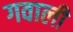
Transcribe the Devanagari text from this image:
गवाली